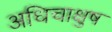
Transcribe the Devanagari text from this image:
अधिचाक्षुष